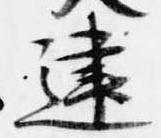
建